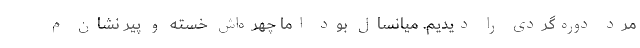
مرد دوره‌گردی را دیدیم. میانسال بود اما چهره‌اش خسته و پیر نشان م